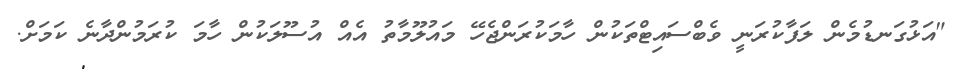
"އަޅުގަނޑުމެން ލަފާކުރަނީ ވެބްސައިޓްތަކުން ހާމަކުރަންޖެހޭ މައުލޫމާތު އެއް އުސޫލަކުން ހާމަ ކުރަމުންދާނެ ކަމަށް.